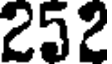
252